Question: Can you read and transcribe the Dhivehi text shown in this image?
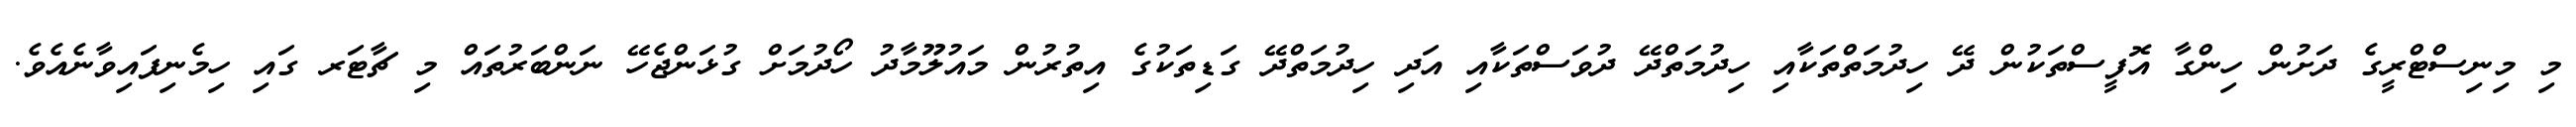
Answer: މި މިނިސްޓްރީގެ ދަށުން ހިންގާ އޮފީސްތަކުން ދޭ ހިދުމަތްތަކާއި ހިދުމަތްދޭ ދުވަސްތަކާއި އަދި ހިދުމަތްދޭ ގަޑިތަކުގެ އިތުރުން މައުލޫމާދު ހޯދުމަށް ގުޅަންޖެހޭ ނަންބަރުތައް މި ޗާޓަރ ގައި ހިމެނިފައިވާނެއެވެ.